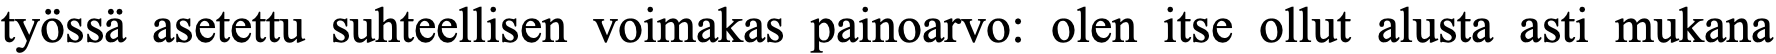
työssä asetettu suhteellisen voimakas painoarvo: olen itse ollut alusta asti mukana